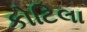
કોટિલા